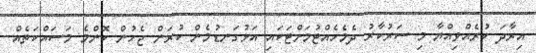
އިރާދަ ކުރެއްވިއްޔާ މި ސަރުކާރު ދެމެހެއްޓުމަށްޓަކައި އަޅުގަނޑުމެން ކުރަން ޖެހުން ކޮންމެ މަސައްކަތެއް